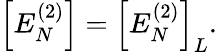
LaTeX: \begin{array}{r}{\Big[E_{N}^{(2)}\Big]=\Big[E_{N}^{(2)}\Big]_{L}.}\end{array}